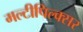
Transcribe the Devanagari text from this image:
मल्टीपिल्क्सर